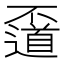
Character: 𠁛